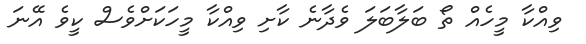
ވިއްކާ މީހެއް ތޯ ބަލާބަލަ ވެދާނެ ކާށި ވިއްކާ މީހަކަށްވެސް ކީވެ އޭނަ